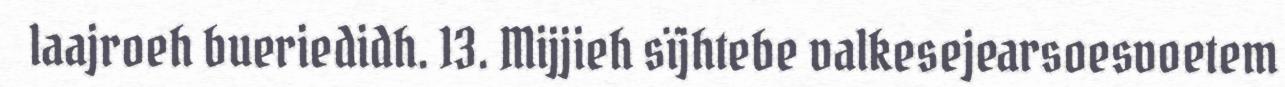
laajroeh bueriedidh. 13. Mijjieh sïjhtebe valkesejearsoesvoetem